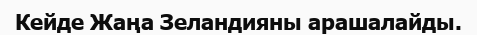
Кейде Жаңа Зеландияны арашалайды.